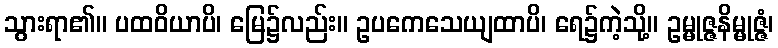
သွားရာ၏။ ပထဝိယာပိ၊ မြေ၌လည်း။ ဥပကေသေယျထာပိ၊ ရေ၌ကဲ့သို့။ ဥမ္မုဇ္ဇနိမ္မုဇ္ဇံ၊